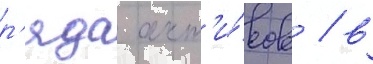
р'яда акт'и́вов / в